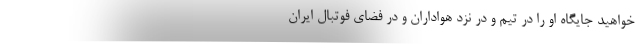
‌خواهید جایگاه او را در تیم و در نزد هواداران و در فضای فوتبال ایران